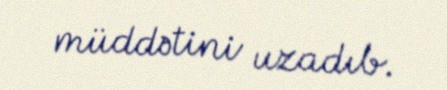
müddətini uzadıb.